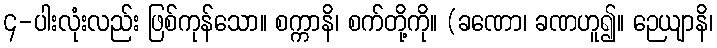
၄-ပါးလုံးလည်း ဖြစ်ကုန်သော။ စက္ကာနိ၊ စက်တို့ကို။ (ခဏော၊ ခဏဟူ၍။ ဉေယျာနိ၊